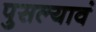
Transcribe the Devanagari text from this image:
पुसल्यावं